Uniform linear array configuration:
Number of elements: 24
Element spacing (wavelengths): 0.75
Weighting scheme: cosine
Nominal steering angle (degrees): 0
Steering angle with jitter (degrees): -1.983
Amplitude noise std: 0.05
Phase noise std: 0.05

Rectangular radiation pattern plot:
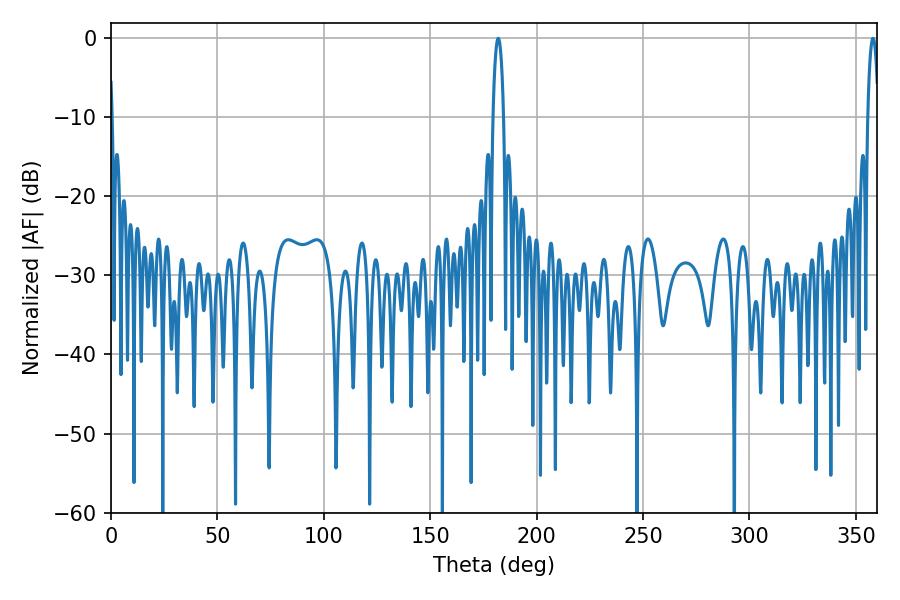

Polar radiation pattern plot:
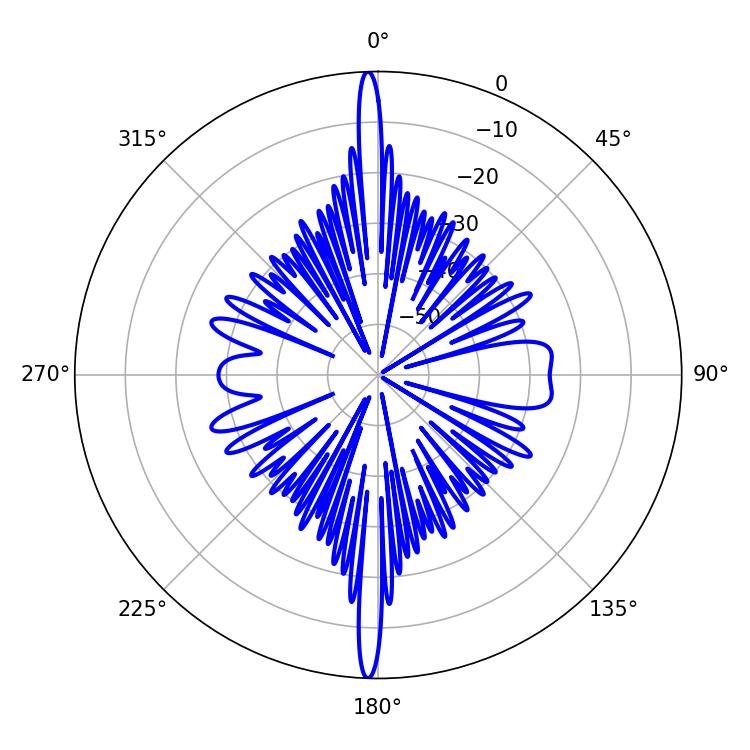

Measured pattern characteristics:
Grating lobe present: TRUE
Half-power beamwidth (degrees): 2.88
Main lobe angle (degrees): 181.98